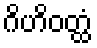
ဂိဟိဝတ္ထံ